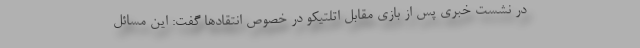
در نشست خبری پس از بازی مقابل اتلتیکو در خصوص انتقادها گفت: این مسائل